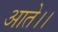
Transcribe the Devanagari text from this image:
आते।।